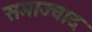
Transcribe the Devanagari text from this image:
समाज्वाद